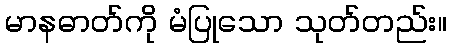
မာနဓာတ်ကို မံပြုသော သုတ်တည်း။